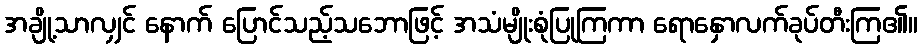
အချို့သာလျှင် နောက် ပြောင်သည့်သဘောဖြင့် အသံမျိုးစုံပြုကြကာ ရောနှောလက်ခုပ်တီးကြ၏။